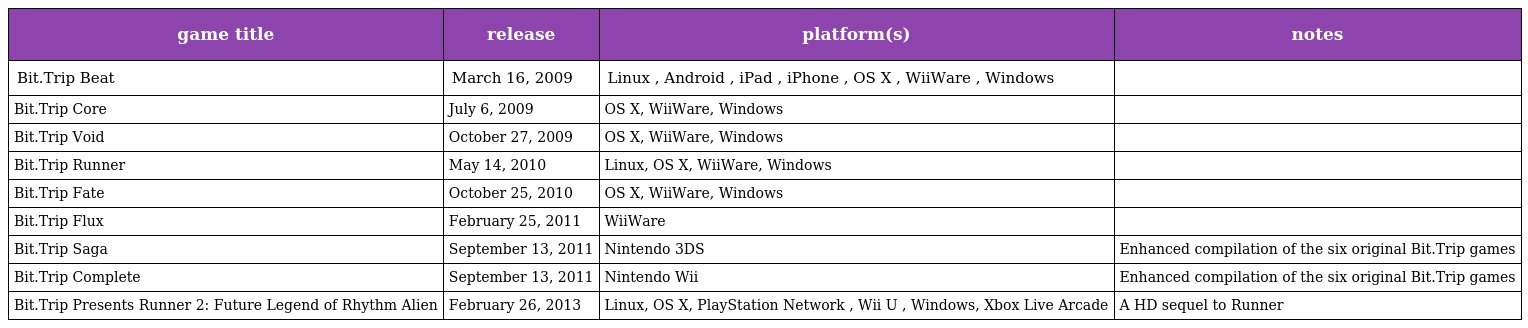
| game title | release | platform(s) | notes |
 | --- | --- | --- | --- |
 | Bit.Trip Beat | March 16, 2009 | Linux , Android , iPad , iPhone , OS X , WiiWare , Windows |  |
 | Bit.Trip Core | July 6, 2009 | OS X, WiiWare, Windows |  |
 | Bit.Trip Void | October 27, 2009 | OS X, WiiWare, Windows |  |
 | Bit.Trip Runner | May 14, 2010 | Linux, OS X, WiiWare, Windows |  |
 | Bit.Trip Fate | October 25, 2010 | OS X, WiiWare, Windows |  |
 | Bit.Trip Flux | February 25, 2011 | WiiWare |  |
 | Bit.Trip Saga | September 13, 2011 | Nintendo 3DS | Enhanced compilation of the six original Bit.Trip games |
 | Bit.Trip Complete | September 13, 2011 | Nintendo Wii | Enhanced compilation of the six original Bit.Trip games |
 | Bit.Trip Presents Runner 2: Future Legend of Rhythm Alien | February 26, 2013 | Linux, OS X, PlayStation Network , Wii U , Windows, Xbox Live Arcade | A HD sequel to Runner |